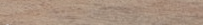
مطعم البستان   أشهى الأطب